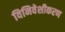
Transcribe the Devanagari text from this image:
विनिवेशीकरण